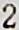
2